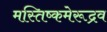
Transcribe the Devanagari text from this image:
मस्तिष्कमेरूद्रव